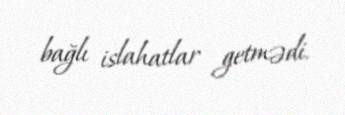
bağlı islahatlar getmədi.